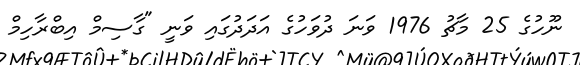
ނޫހުގެ 25 މާޗު 1976 ވަނަ ދުވަހުގެ އަދަދުގައި ވަނީ "ގާސިމް އިބްރާހިމް